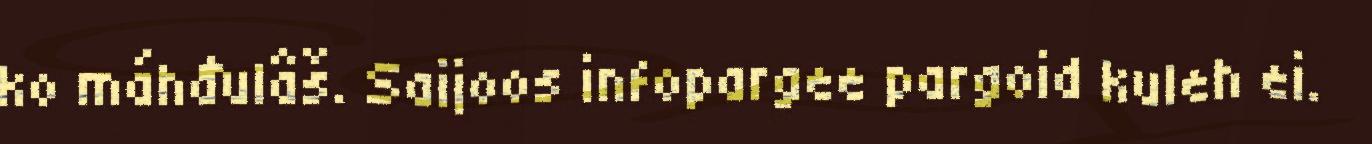
ko máhđulâš. Saijoos infopargee pargoid kuleh ei.